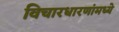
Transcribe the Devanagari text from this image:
विचारधारणांमध्ये